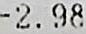
-2.98